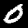
Digit: 0